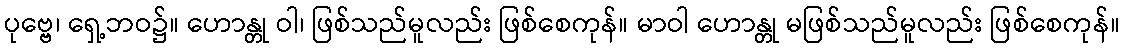
ပုဗ္ဗေ၊ ရှေ့ဘဝ၌။ ဟောန္တု ဝါ၊ ဖြစ်သည်မူလည်း ဖြစ်စေကုန်။ မာဝါ ဟောန္တု မဖြစ်သည်မူလည်း ဖြစ်စေကုန်။